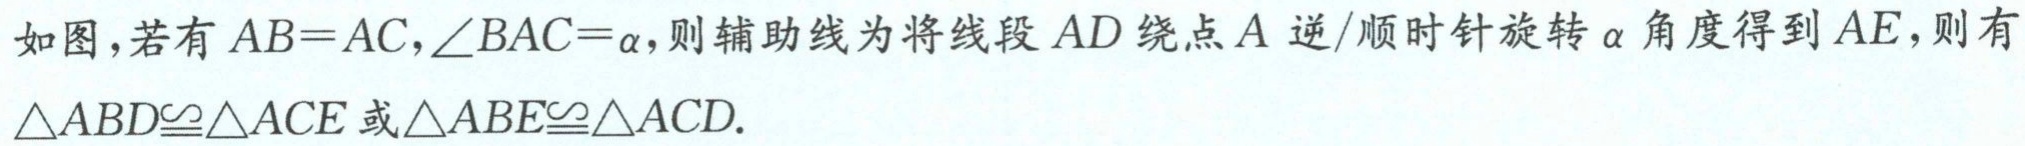
如图，若有 \(AB = AC,\angle BAC=\alpha\)，则辅助线为将线段 \(AD\) 绕点 \(A\) 逆/顺时针旋转 \(\alpha\) 角度得到 \(AE\)，则有 \(\triangle ABD\cong\triangle ACE\) 或 \(\triangle ABE\cong\triangle ACD\).